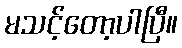
မသင့်တော့ပါပြီ။